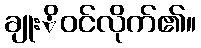
ချုးိဝင်လိုက်၏။